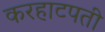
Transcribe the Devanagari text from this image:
करहाटपती